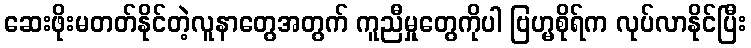
ဆေးဖိုးမတတ်နိုင်တဲ့လူနာတွေအတွက် ကူညီမှုတွေကိုပါ ဗြဟ္မစိုရ်က လုပ်လာနိုင်ပြီး